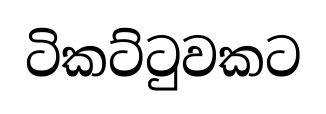
ටිකට්ටුවකට